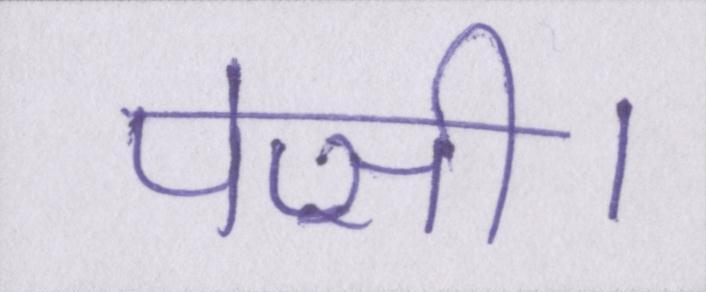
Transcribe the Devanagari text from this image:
पेप्सी।